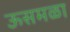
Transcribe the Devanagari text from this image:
ऊसमळा